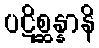
ပဋိစ္ဆန္နာနိ